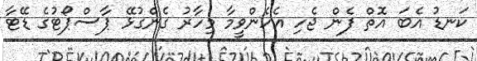
ކަނޑު އެބަ އޮތް ފެން ޖެހި އެހެންވީމާ މިހާރު ގެންގުޅޭ ޕާސްޕޯޓުގެ ޑޭޓާ